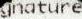
GNATURE